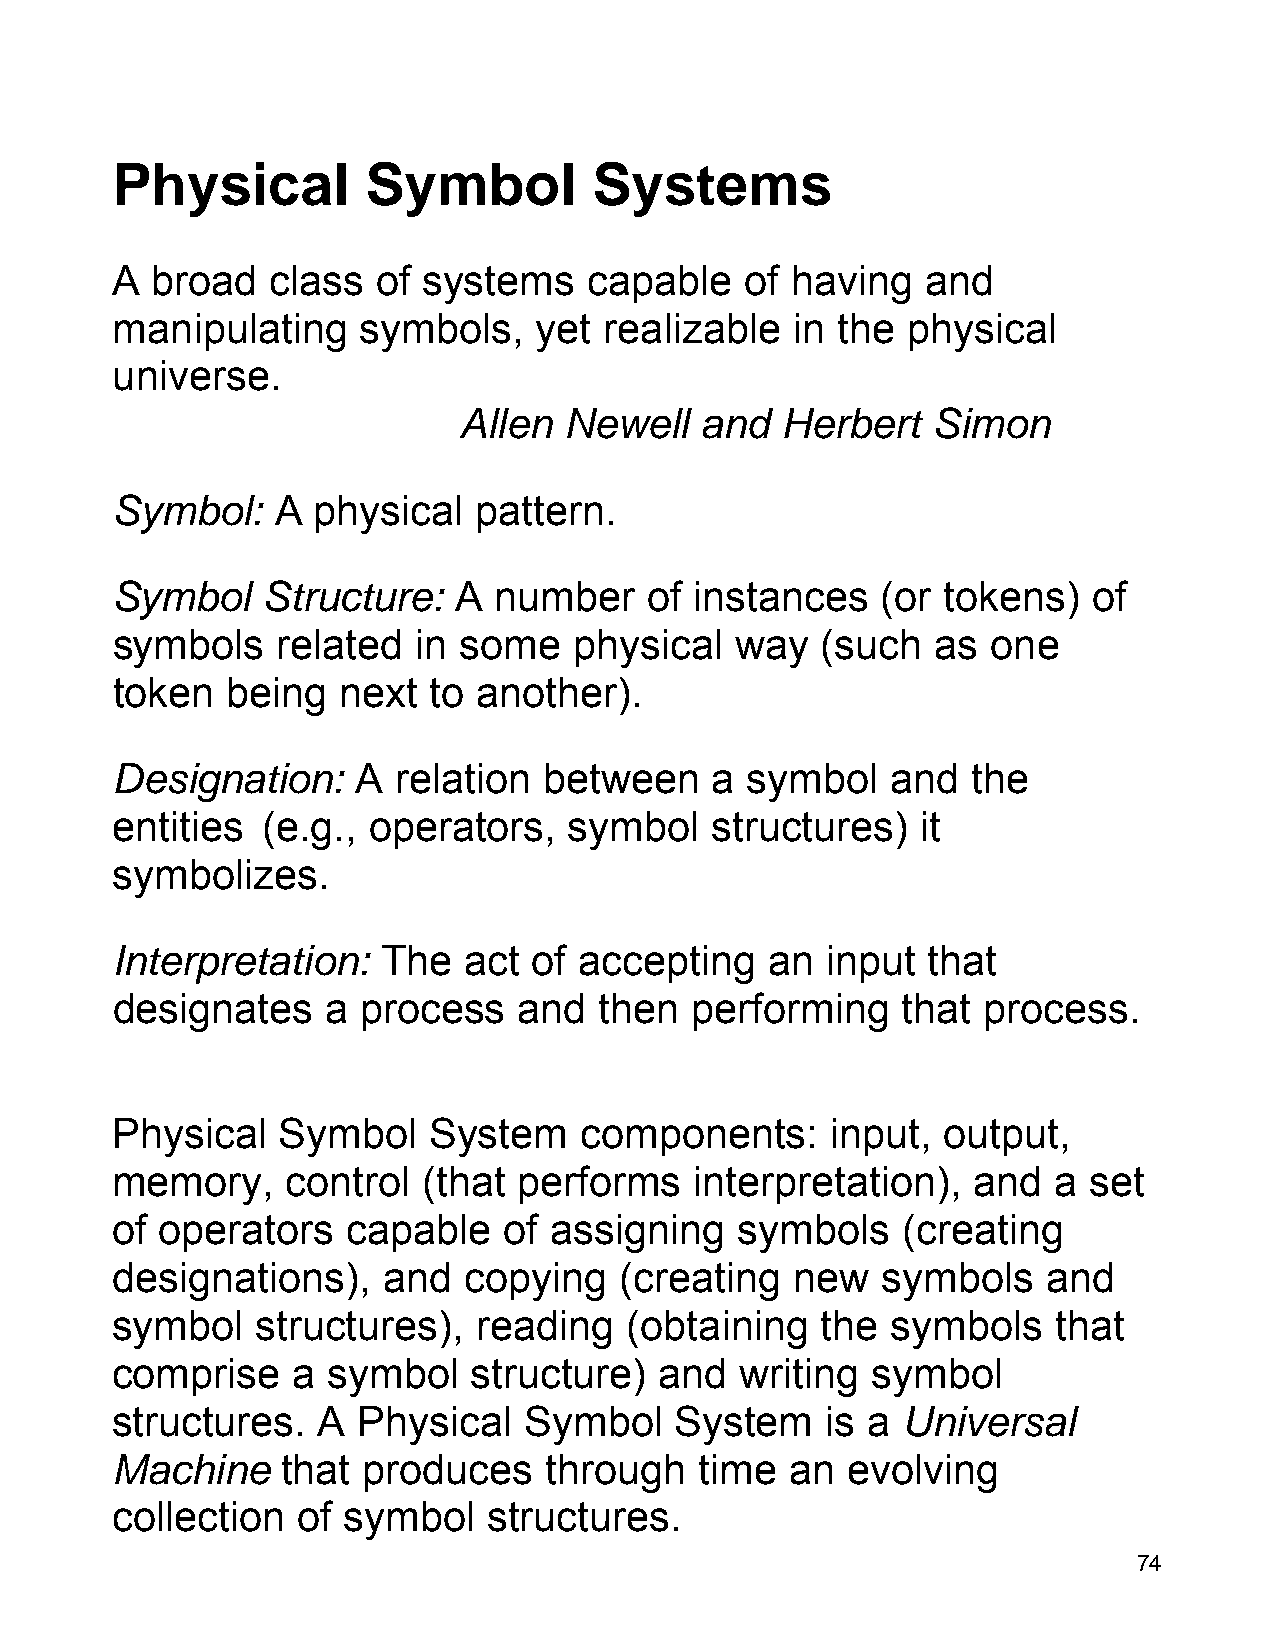
Physical         Symbol         Systems
 A  broad   class  of systems    capable   of having   and
 manipulating     symbols,   yet  realizable   in the physical
 universe.
 Allen  Newell   and   Herbert   Simon
 Symbol:    A  physical   pattern.
 Symbol    Structure:   A  number    of instances   (or tokens)   of
 symbols    related   in some   physical   way  (such   as  one
 token   being  next  to  another).
 Designation:     A relation  between    a symbol    and  the
 entities  (e.g., operators,    symbol   structures)   it
 symbolizes.
 Interpretation:   The   act of accepting    an  input that
 designates     a process   and   then  performing    that process.
 Physical   Symbol    System    components:      input, output,
 memory,     control  (that performs    interpretation),  and   a set
 of  operators   capable   of assigning    symbols    (creating
 designations),    and   copying   (creating   new  symbols    and
 symbol    structures),   reading  (obtaining   the  symbols    that
 comprise    a  symbol   structure)   and  writing  symbol
 structures.   A  Physical   Symbol    System    is a Universal
 Machine     that produces    through   time  an  evolving
 collection   of symbol   structures.
 74